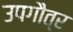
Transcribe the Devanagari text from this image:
उपगौत्र